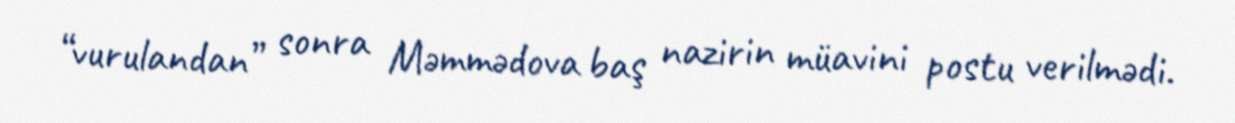
“vurulandan” sonra Məmmədova baş nazirin müavini postu verilmədi.